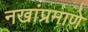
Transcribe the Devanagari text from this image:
नखांप्रमाणे